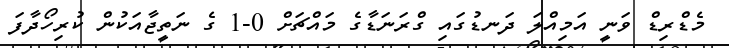
މެޑްރިޑް ވަނީ އަމިއްލަ ދަނޑުގައި ގްރަނަޑާގެ މައްޗަށް 0-1 ގެ ނަތީޖާއަކުން ކުރިހޯދާފަ